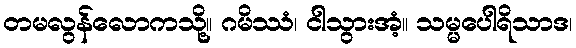
တမလွန်လောကသို့။ ဂမိဿံ၊ ငါသွားအံ့။ သမ္မပေါရိသာဒ၊